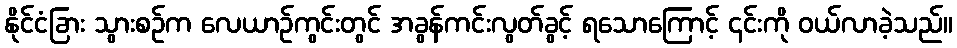
နိုင်ငံခြား သွားစဉ်က လေယာဉ်ကွင်းတွင် အခွန်ကင်းလွတ်ခွင့် ရသောကြောင့် ၎င်းကို ဝယ်လာခဲ့သည်။